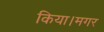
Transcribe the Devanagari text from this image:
किया।मगर